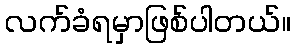
လက်ခံရမှာဖြစ်ပါတယ်။